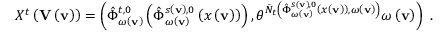
X ^ { t } \left( \mathbf { V } \left( \mathbf { v } \right) \right) = \left( \hat { \Phi } _ { \omega \left( \mathbf { v } \right) } ^ { t , 0 } \left( \hat { \Phi } _ { \omega \left( \mathbf { v } \right) } ^ { s \left( \mathbf { v } \right) , 0 } \left( x \left( \mathbf { v } \right) \right) \right) , \theta ^ { \bar { N } _ { t } \left( \hat { \Phi } _ { \omega \left( \mathbf { v } \right) } ^ { s \left( \mathbf { v } \right) , 0 } \left( x \left( \mathbf { v } \right) \right) , \omega \left( \mathbf { v } \right) \right) } \omega \left( \mathbf { v } \right) \right) \ .